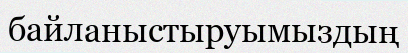
байланыстыруымыздың